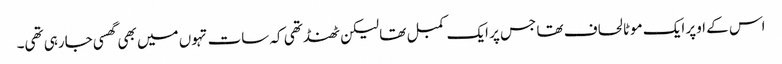
اس کے اوپر ایک موٹا لحاف تھا جس پر ایک کمبل تھا لیکن ٹھنڈ تھی کہ سات تہوں میں بھی گھسی جارہی تھی۔